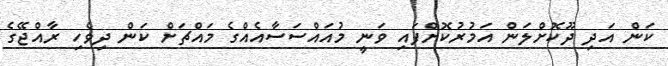
ކަން އަދި ދޫކޮށްލަން އަމުރުކޮށްފައި ވަނީ މުއައްސަސާއެއްގެ މައްޗަށް ކަން ދިވެހި ރާއްޖޭގެ